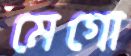
মেগো